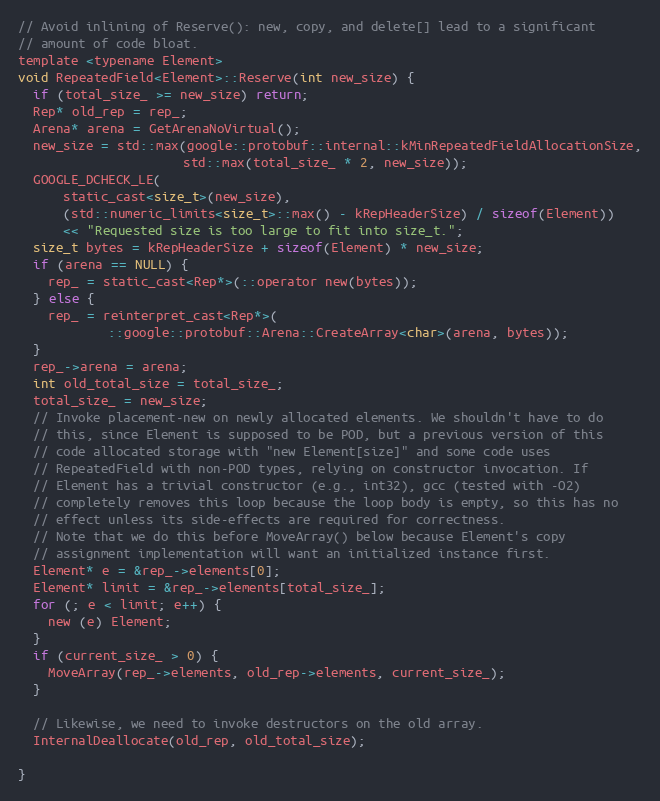
Language: C
// Avoid inlining of Reserve(): new, copy, and delete[] lead to a significant
// amount of code bloat.
template <typename Element>
void RepeatedField<Element>::Reserve(int new_size) {
  if (total_size_ >= new_size) return;
  Rep* old_rep = rep_;
  Arena* arena = GetArenaNoVirtual();
  new_size = std::max(google::protobuf::internal::kMinRepeatedFieldAllocationSize,
                      std::max(total_size_ * 2, new_size));
  GOOGLE_DCHECK_LE(
      static_cast<size_t>(new_size),
      (std::numeric_limits<size_t>::max() - kRepHeaderSize) / sizeof(Element))
      << "Requested size is too large to fit into size_t.";
  size_t bytes = kRepHeaderSize + sizeof(Element) * new_size;
  if (arena == NULL) {
    rep_ = static_cast<Rep*>(::operator new(bytes));
  } else {
    rep_ = reinterpret_cast<Rep*>(
            ::google::protobuf::Arena::CreateArray<char>(arena, bytes));
  }
  rep_->arena = arena;
  int old_total_size = total_size_;
  total_size_ = new_size;
  // Invoke placement-new on newly allocated elements. We shouldn't have to do
  // this, since Element is supposed to be POD, but a previous version of this
  // code allocated storage with "new Element[size]" and some code uses
  // RepeatedField with non-POD types, relying on constructor invocation. If
  // Element has a trivial constructor (e.g., int32), gcc (tested with -O2)
  // completely removes this loop because the loop body is empty, so this has no
  // effect unless its side-effects are required for correctness.
  // Note that we do this before MoveArray() below because Element's copy
  // assignment implementation will want an initialized instance first.
  Element* e = &rep_->elements[0];
  Element* limit = &rep_->elements[total_size_];
  for (; e < limit; e++) {
    new (e) Element;
  }
  if (current_size_ > 0) {
    MoveArray(rep_->elements, old_rep->elements, current_size_);
  }

  // Likewise, we need to invoke destructors on the old array.
  InternalDeallocate(old_rep, old_total_size);

}